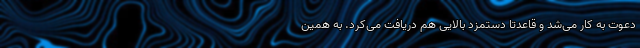
دعوت به کار می‌شد و قاعدتا دستمزد بالایی هم دریافت می‌کرد. به همین